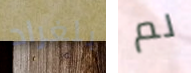
بلغراد لم